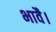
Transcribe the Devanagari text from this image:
भावै।